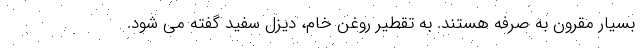
بسیار مقرون به صرفه هستند. به تقطیر روغن خام، دیزل سفید گفته می شود.